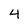
Character: 4